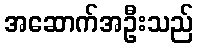
အဆောက်အဦးသည်